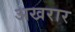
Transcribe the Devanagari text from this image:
अखरार